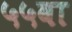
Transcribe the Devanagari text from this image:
५५वा